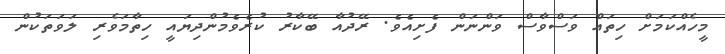
މީހެއްކަމަށް ހިތައް ވަސްވާސް ވަންނަން ފެށިއެވެ. ރޭދުއާ ބޭކާރު ކުރެވެމުންދިޔައީ ހިތާމަވެރި ލަވަތަކުން